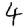
Digit: 4